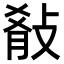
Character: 𭣷